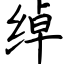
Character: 绰